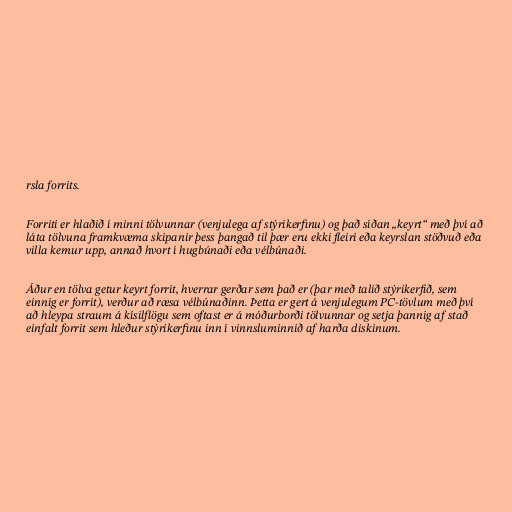
rsla forrits.

Forriti er hlaðið í minni tölvunnar (venjulega af stýrikerfinu) og það síðan „keyrt“ með því að
láta tölvuna framkvæma skipanir þess þangað til þær eru ekki fleiri eða keyrslan stöðvuð eða
villa kemur upp, annað hvort í hugbúnaði eða vélbúnaði.

Áður en tölva getur keyrt forrit, hverrar gerðar sem það er (þar með talið stýrikerfið, sem
einnig er forrit), verður að ræsa vélbúnaðinn. Þetta er gert á venjulegum PC-tövlum með því
að hleypa straum á kísilflögu sem oftast er á móðurborði tölvunnar og setja þannig af stað
einfalt forrit sem hleður stýrikerfinu inn í vinnsluminnið af harða diskinum.